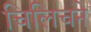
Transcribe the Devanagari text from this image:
चिलिचने